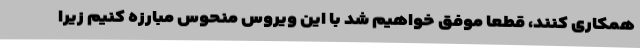
همکاری کنند، قطعا موفق خواهیم شد با این ویروس منحوس مبارزه کنیم زیرا